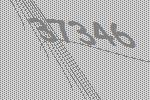
37346